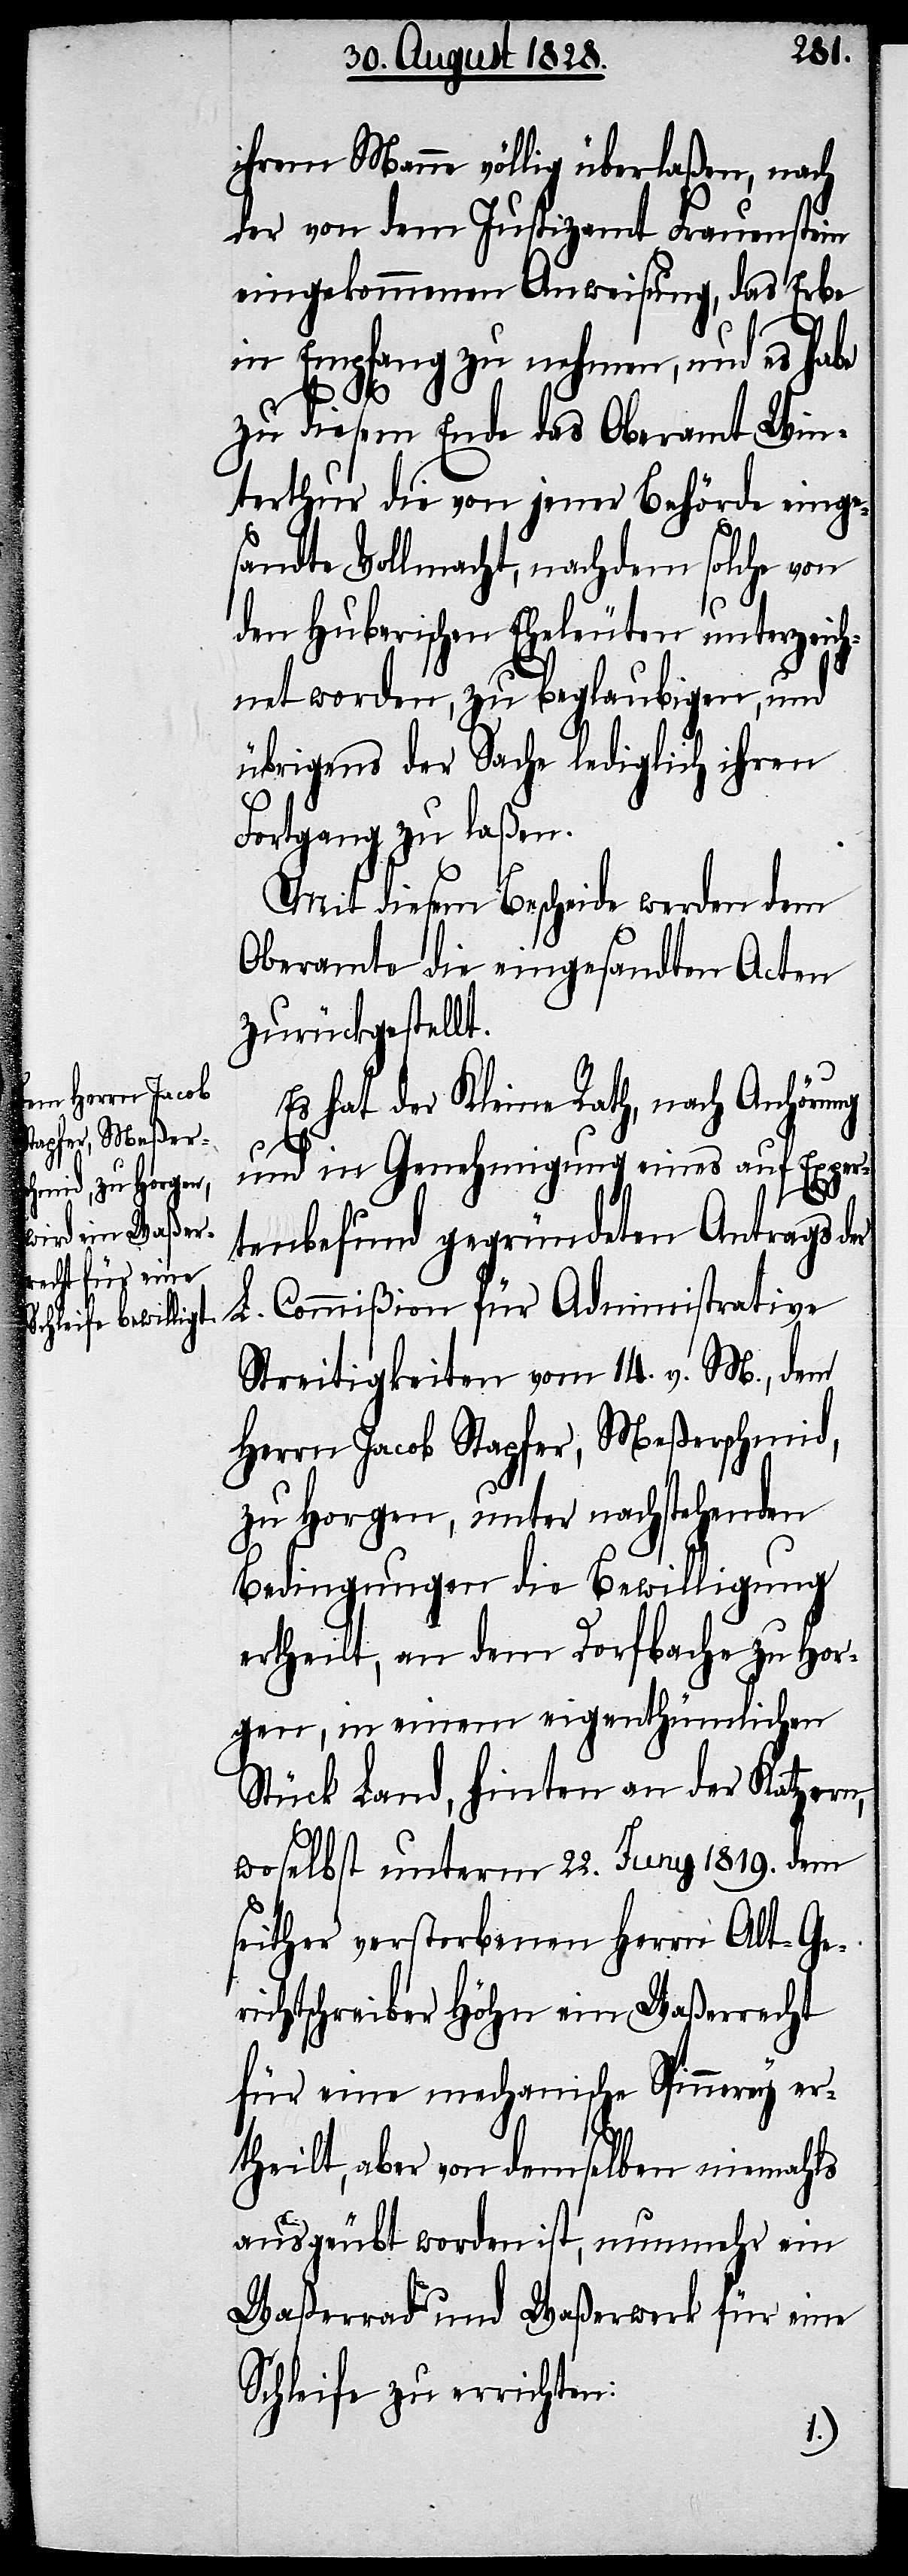
ihrem Manne völlig überlaßen, nach
der von dem Justizamt Frauenstein
eingekommenen Anweisung, das Erbe
in Empfang zu nehmen, und es habe
zu diesem Ende das Oberamt Win¬
terthur die von jener Behörde einge¬
sandte Vollmacht, nachdem solche von
den Huberischen Eheleuten unterzeich¬
net worden, zu beglaubigen, und
übrigens der Sache lediglich ihren
Fortgang zu laßen.
Mit diesem Bescheide werden dem
Oberamte die eingesandten Acten
zurückgestellt.
Es hat der Kleine Rath, nach Anhörung
und in Genehmigung eines auf Exper¬
tenbefund gegründeten Antrags der
L. Commißion für Administrative
Streitigkeiten vom 14. v. M., dem
Herrn Jacob Stapfer, Meßerschmid,
zu Horgen, unter nachstehenden
Bedingungen die Bewilligung
ertheilt, an dem Dorfbache zu Hor¬
gen, in einem eigenthümlichen
Stück Land, hinten an der Katzern,
woselbst unterm 22. Juny 1819. dem
seither verstorbenen Herrn Alt-Geri¬
chtsschreiber Höhn ein Waßerrecht
für eine mechanische Spinnerey er¬
theilt, aber von demselben niemahls
ausgeübt worden ist, nunmehr ein
Waßerrad und Waßerwerk für eine
Schleife zu errichten: